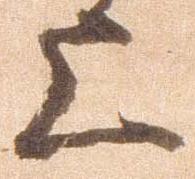
上